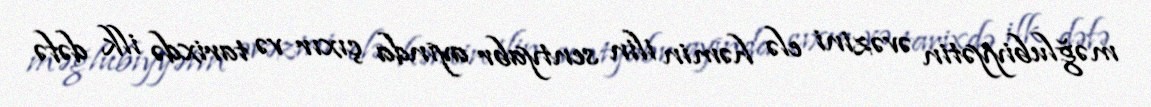
məğlubiyyətin əvəzini elə həmin ilin sentyabr ayında çıxır və tarixdə ilk dəfə